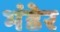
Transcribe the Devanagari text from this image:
भंडेर